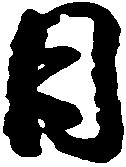
日